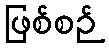
ဖြစ်စဉ်